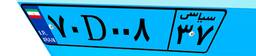
۱۷D۷۳۰۰۷